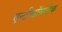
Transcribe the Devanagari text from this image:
एन्टीबॉयटिक